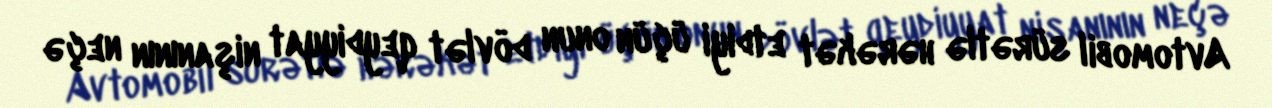
Avtomobil sürətlə hərəkət etdiyi üçün onun dövlət qeydiyyat nişanının neçə